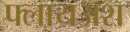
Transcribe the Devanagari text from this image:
फ्लायअश